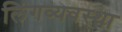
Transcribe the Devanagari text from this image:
लिंगव्यवस्था